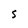
Character: S